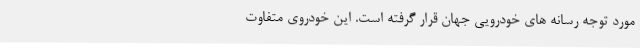
مورد توجه رسانه های خودرویی جهان قرار گرفته است. این خودروی متفاوت